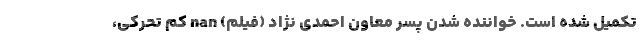
تکمیل شده است. خواننده شدن پسر معاون احمدی نژاد (فیلم) nan کم تحرکی،